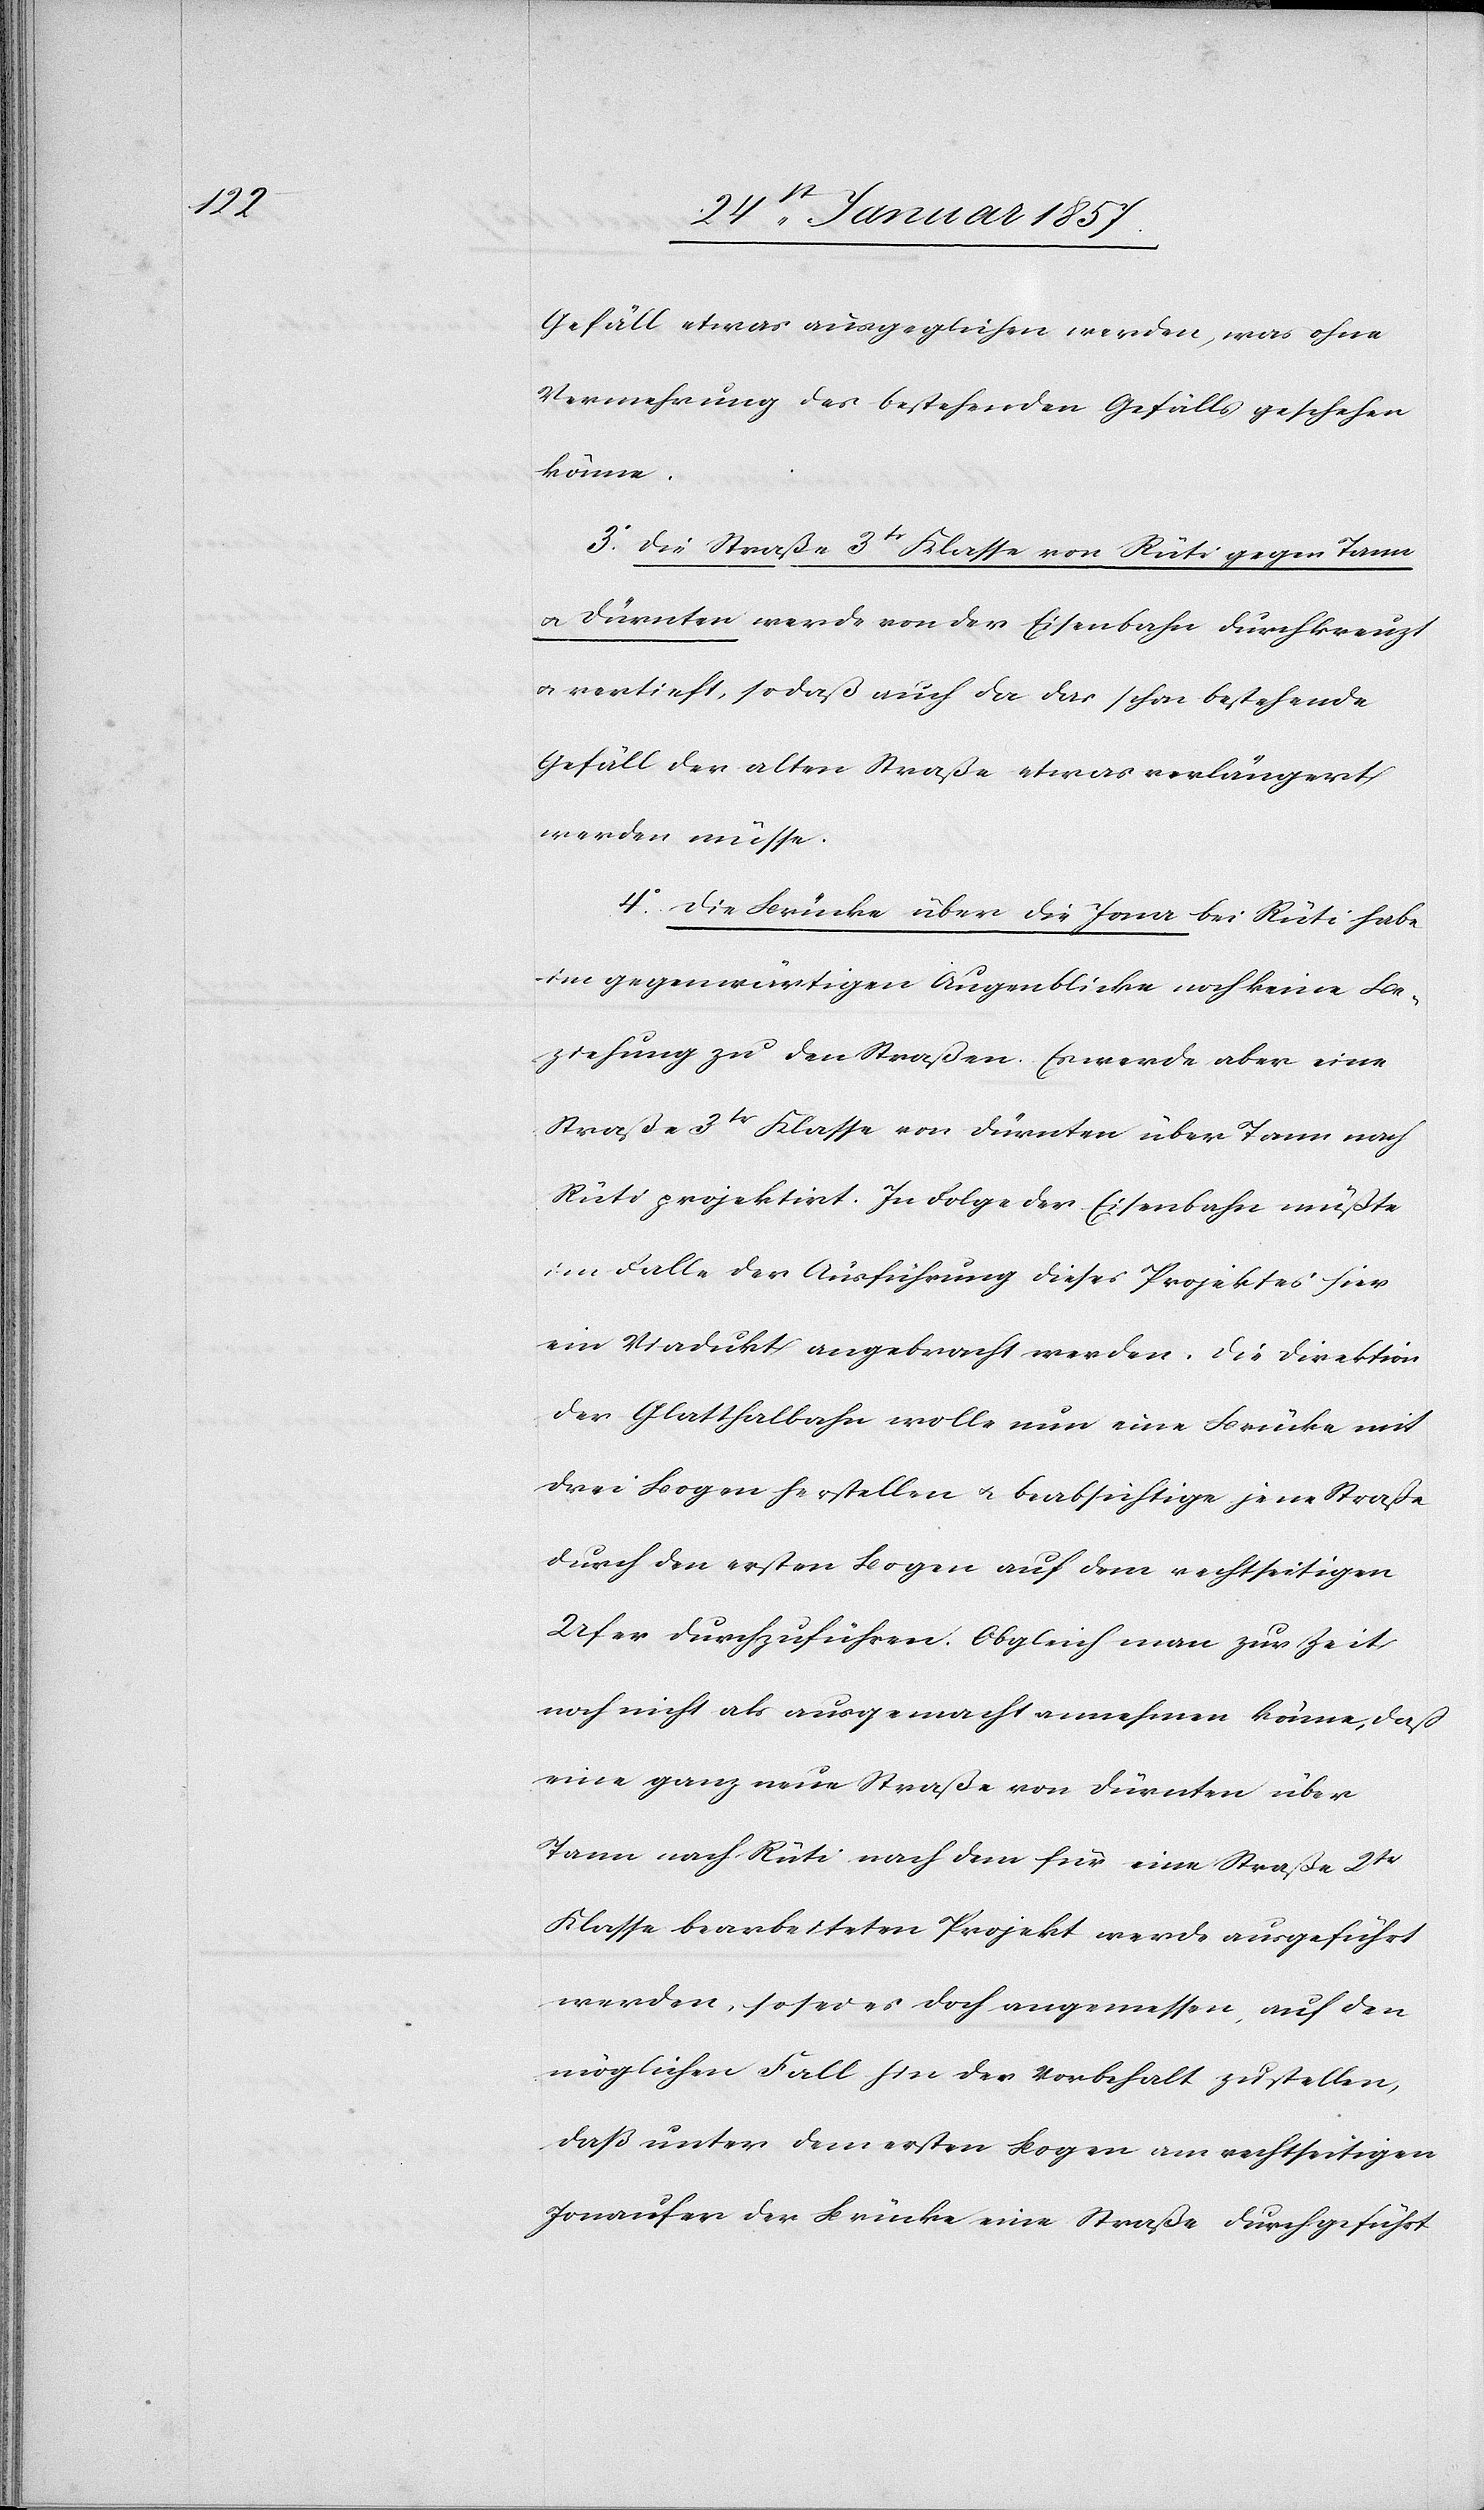
Gefäll [sic!] etwas ausgeglichen werden, was ohne
Vermehrung des bestehenden Gefälls geschehen
könne.
3. Die Straße 3tr Klasse von Rüti gegen Tann
u. Dürnten werde von der Eisenbahn durchkreuzt
u. vertieft, so daß auch da das schon bestehende
Gefäll der alten Straße etwas verlängert
werden müsse.
4. Die Brücke über die Jona bei Rüti habe
im gegenwärtigen Augenblicke noch keine Be¬
ziehung zu den Straßen. Es werden aber eine
Straße 3tr Klasse von Dürnten über Tann nach
Rüti projektirt. In Folge der Eisenbahn müßte
im Falle der Ausführung dieses Projektes hier
ein Viadukt angebracht werden. Die Direktion
der Glatthalbahn wolle nun eine Brücke mit
drei Bogen herstellen u. beabsichtige jene Straße
durch den ersten Bogen auf dem rechtseitigen
Ufer durchzuführen. Obgleich man zur Zeit
noch nicht als ausgemacht annehmen könne, daß
eine ganz neue Straße von Dürnten über
Tann nach Rüti nach dem für eine Straße 2tr
Klasse bearbeiteten Projekt werde ausgeführt
werden, so sei es doch angemessen, auf den
möglichen Fall hin der [sic!] Vorbehalt zustellen,
daß unter dem ersten Bogen am rechtseitigen
Jonaufer der Brücke eine Straße durchgeführt